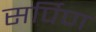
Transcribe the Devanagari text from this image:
सर्पिण